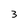
Character: 3